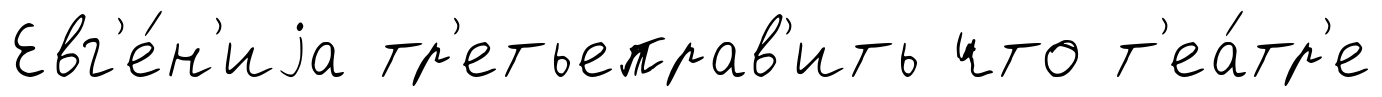
Евг'е́н'иjа тр'етьеправ'ить что т'еа́тр'е